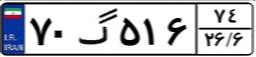
۷۰گ۵۱۶۷۴